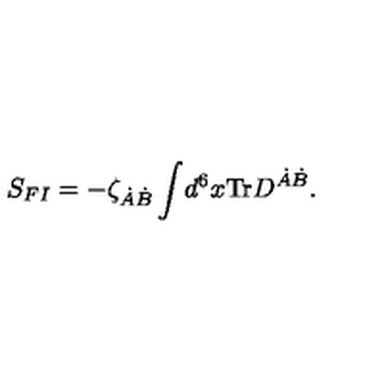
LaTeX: S _ { F I } = - \zeta _ { \dot { A } \dot { B } } \int \! d ^ { 6 } x \mathrm { T r } D ^ { \dot { A } \dot { B } } .